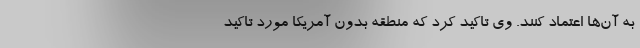
به آن‌ها اعتماد کنند. وی تاکید کرد که منطقه بدون آمریکا مورد تاکید